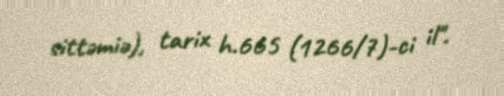
sittəmiə), tarix h.665 (1266/7)-ci il".